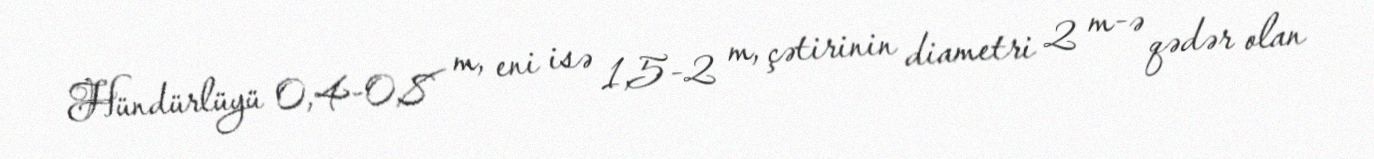
Hündürlüyü 0,4-0,8 m, eni isə 1,5-2 m, çətirinin diametri 2 m-ə qədər olan